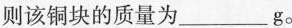
则该铜块的质量为___g。